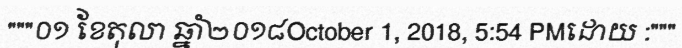
"""០១ ខែតុលា ឆ្នាំ២០១៨October 1, 2018, 5:54 PMដោយ :"""